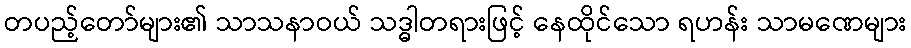
တပည့်တော်များ၏ သာသနာဝယ် သဒ္ဓါတရားဖြင့် နေထိုင်သော ရဟန်း သာမဏေများ